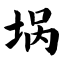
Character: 埚